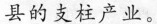
县的支柱产业。